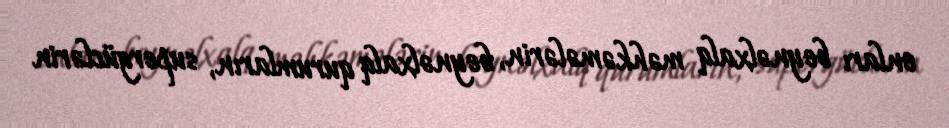
onları beynəlxalq məhkəmələrin, beynəlxalq qurumların, supergüclərin